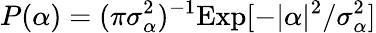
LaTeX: P(\alpha)=(\pi\sigma_{\alpha}^{2})^{-1}\mathrm{Exp}[-|\alpha|^{2}/\sigma_{\alpha}^{2}]